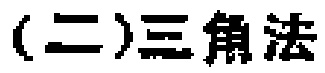
(二)三角法